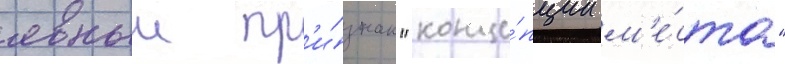
явныи пр'и́знак "конце́пции м'е́ста"